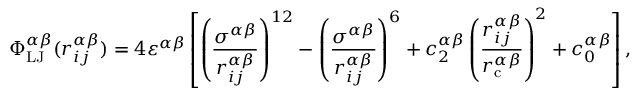
\Phi _ { \mathrm { L J } } ^ { \alpha \beta } ( r _ { i j } ^ { \alpha \beta } ) = 4 \varepsilon ^ { \alpha \beta } \left[ \left( \frac { \sigma ^ { \alpha \beta } } { r _ { i j } ^ { \alpha \beta } } \right) ^ { 1 2 } - \left( \frac { \sigma ^ { \alpha \beta } } { r _ { i j } ^ { \alpha \beta } } \right) ^ { 6 } + c _ { 2 } ^ { \alpha \beta } \left( \frac { r _ { i j } ^ { \alpha \beta } } { r _ { \mathrm { c } } ^ { \alpha \beta } } \right) ^ { 2 } + c _ { 0 } ^ { \alpha \beta } \right] ,